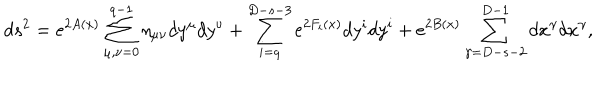
d s ^ { 2 } = e ^ { 2 A ( x ) } \sum _ { \mu , \nu = 0 } ^ { q - 1 } \eta _ { \mu \nu } d y ^ { \mu } d y ^ { \nu } + \sum _ { i = q } ^ { D - s - 3 } e ^ { 2 F _ { i } ( x ) } d y ^ { i } d y ^ { i } + e ^ { 2 B ( x ) } \sum _ { \gamma = D - s - 2 } ^ { D - 1 } d x ^ { \gamma } d x ^ { \gamma } ,